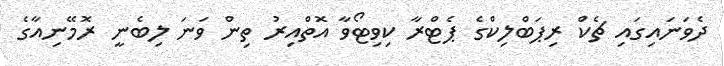
ދެވަނައިގައި ޗެކް ރިޕަބްލިކްގެ ޕެޓްރާ ކިވިޓޯވާ އޮތްއިރު ތިން ވަނަ ލިބެނީ ރޮމޭނިއާގެ